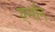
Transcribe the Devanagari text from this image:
एन्‍रॉन